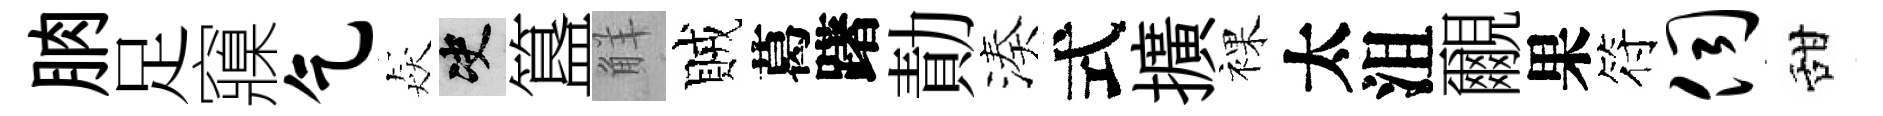
朒足䆿乞猋决簋觧賊葛躇勣湊式擴裸太沮覼果符伺甜